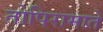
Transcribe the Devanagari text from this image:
तोपिरामाते